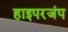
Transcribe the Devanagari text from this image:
हाइपरजंप